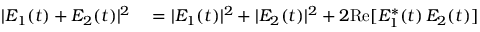
\begin{array} { r l } { | E _ { 1 } ( t ) + E _ { 2 } ( t ) | ^ { 2 } } & { { } = | E _ { 1 } ( t ) | ^ { 2 } + | E _ { 2 } ( t ) | ^ { 2 } + 2 \mathrm { R e } [ E _ { 1 } ^ { * } ( t ) \, E _ { 2 } ( t ) ] } \end{array}